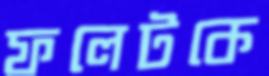
ফলেটকে